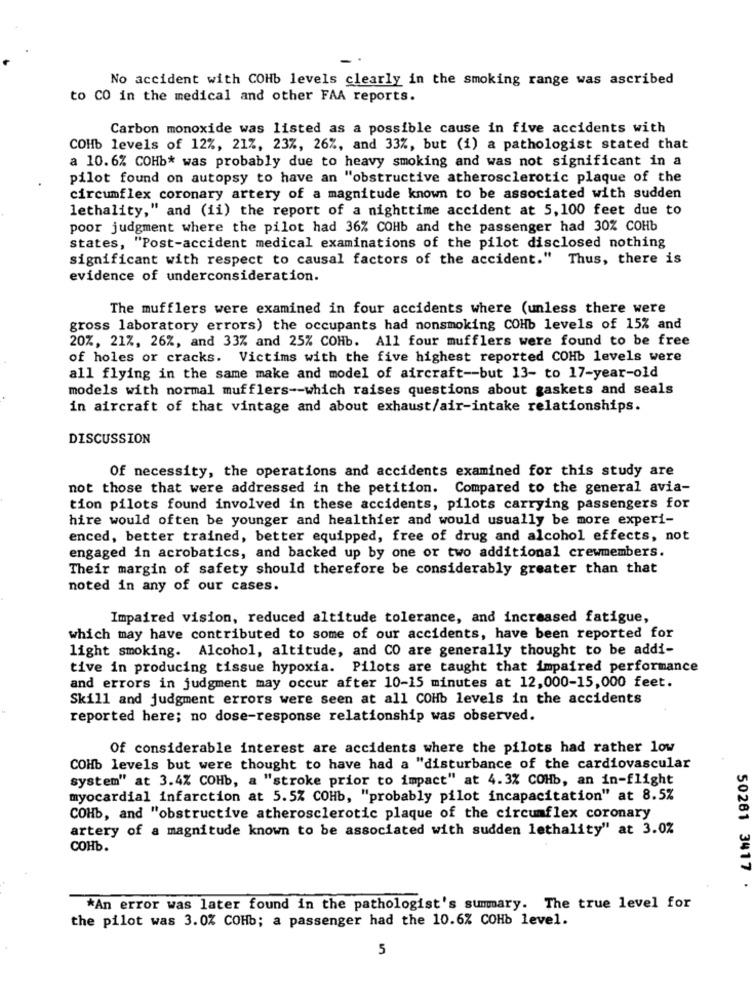
No accident with COHb levels clearly in the smoking range was ascribed
to CO in the medical and other FAA reports.
Carbon monoxide was listed as a possible cause in five accidents with
COHb levels of 12%, 217, 23%, 26%, and 33%, but (1) a pathologist stated that
a 10.6% COHb* was probably due to heavy smoking and was not significant in a
pilot found on autopsy to have an "obstructive atherosclerotic plaque of the
circumflex coronary artery of a magnitude known to be associated with sudden
lethality," and (ii) the report of a nighttime accident at 5, 100 feet due to
poor judgment where the pilot had 36% COHb and the passenger had 30% COHb
states, "Post-accident medical examinations of the pilot disclosed nothing
significant with respect to causal factors of the accident."
Thus, there is
evidence of underconsideration.
The mufflers were examined in four accidents where (unless there were
gross laboratory errors) the occupants had nonsmoking COHb levels of 15% and
20%, 21%, 26%, and 33% and 25% COHb. All four mufflers were found to be free
of holes or cracks. Victims with the five highest reported COHb levels were
all flying in the same make and model of aircraft -- but 13- to 17-year-old
models with normal mufflers -- which raises questions about gaskets and seals
in aircraft of that vintage and about exhaust/air-intake relationships.
DISCUSSION
Of necessity, the operations and accidents examined for this study are
not those that were addressed in the petition. Compared to the general avia-
tion pilots found involved in these accidents, pilots carrying passengers for
hire would often be younger and healthier and would usually be more experi-
enced, better trained, better equipped, free of drug and alcohol effects, not
engaged in acrobatics, and backed up by one or two additional crewmembers.
Their margin of safety should therefore be considerably greater than that
noted in any of our cases.
Impaired vision, reduced altitude tolerance, and increased fatigue,
which may have contributed to some of our accidents, have been reported for
light smoking. Alcohol, altitude, and CO are generally thought to be addi-
tive in producing tissue hypoxia. Pilots are taught that impaired performance
and errors in judgment may occur after 10-15 minutes at 12,000-15,000 feet.
Skill and judgment errors were seen at all COHb levels in the accidents
reported here; no dose-response relationship was observed.
Of considerable interest are accidents where the pilots had rather low
COHb levels but were thought to have had a "disturbance of the cardiovascular
system" at 3.4% COHb, a "stroke prior to impact" at 4.3% COHb, an in-flight
myocardial infarction at 5.5% COHb, "probably pilot incapacitation" at 8.5%
COHb, and "obstructive atherosclerotic plaque of the circumflex coronary
artery of a magnitude known to be associated with sudden lethality" at 3.0%
COHb.
50261 3417
*An error was later found in the pathologist's summary. The true level for
the pilot was 3.0% COHb; a passenger had the 10.6% COHb level.
5